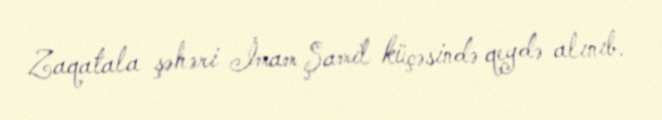
Zaqatala şəhəri İmam Şamil küçəsində qeydə alınıb.